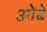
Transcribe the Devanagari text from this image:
ओबे